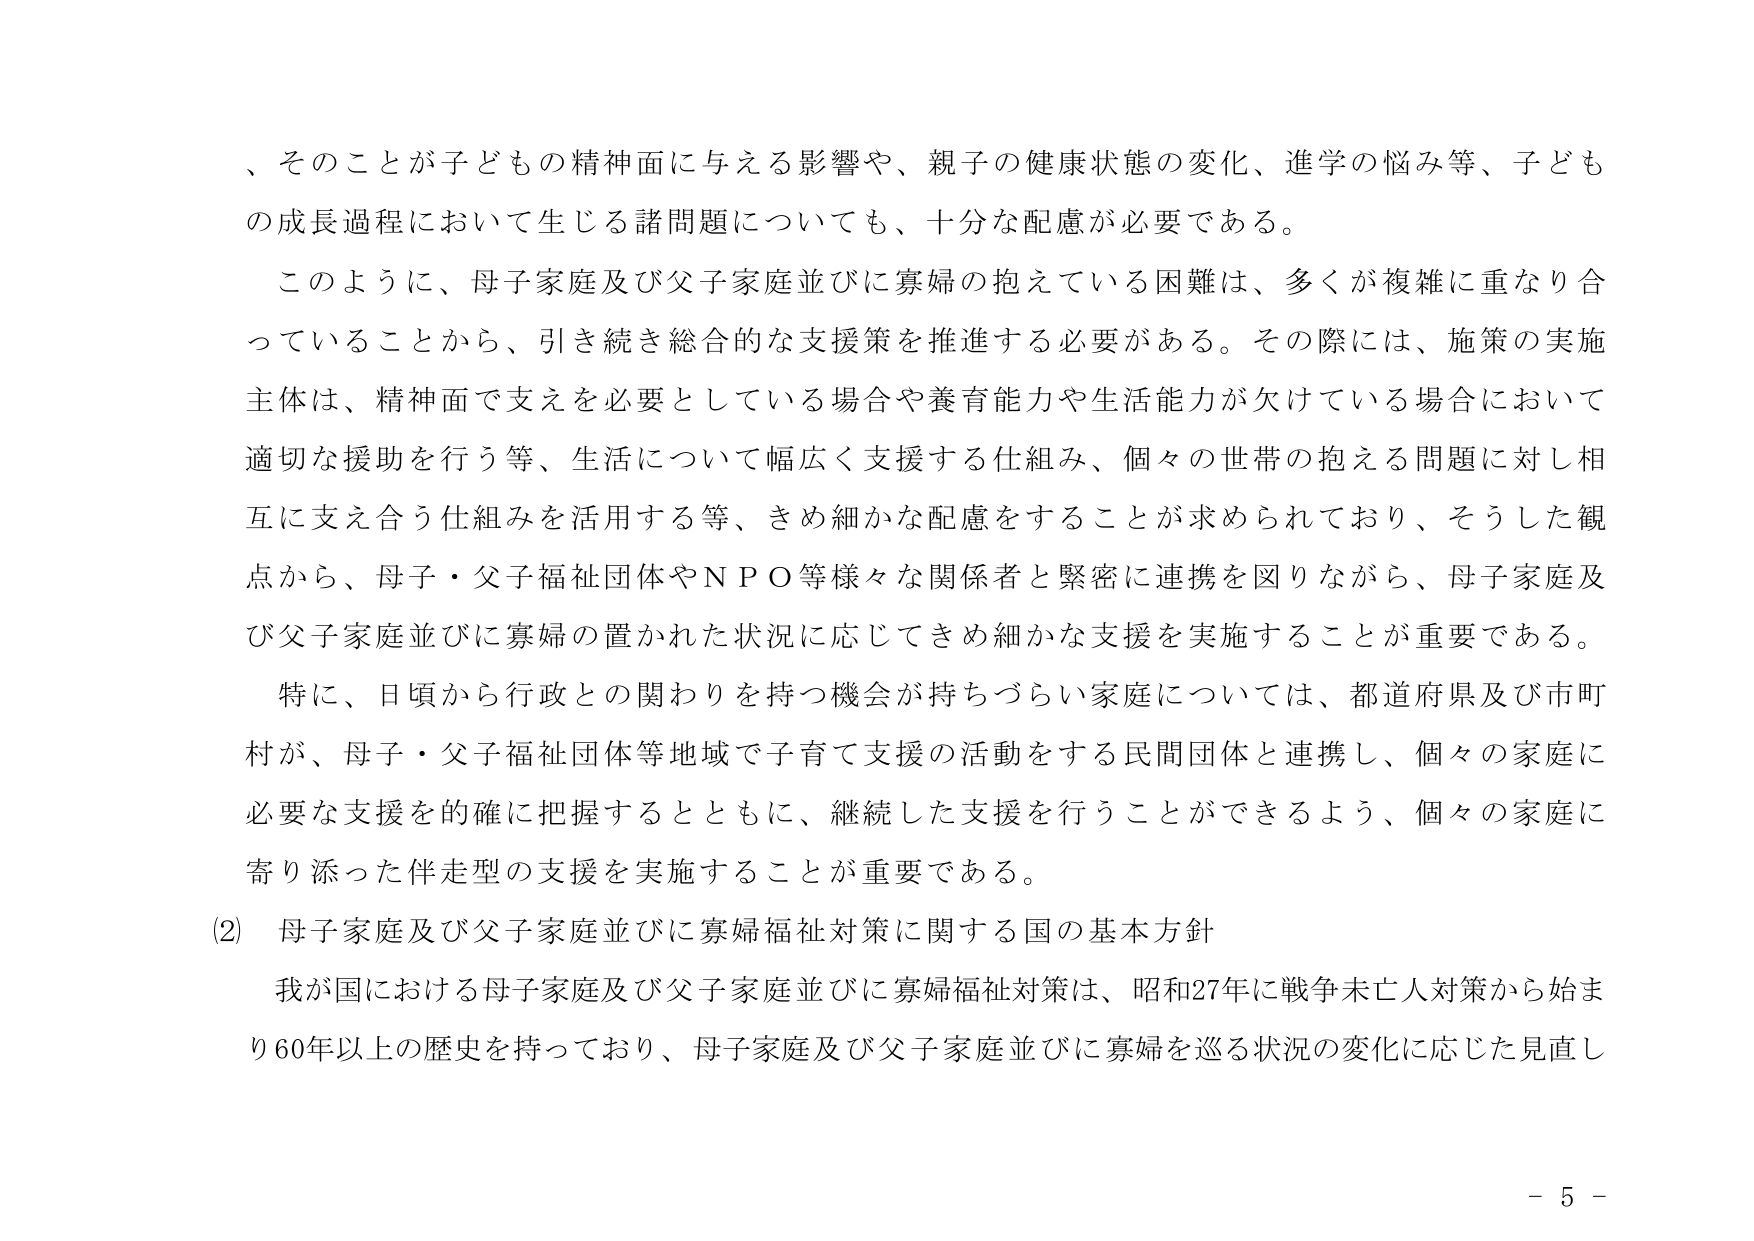
、そのことが子どもの精神面に与える影響や、親子の健康状態の変化、進学の悩み等、子どもの成長過程において生じる諸問題についても、十分な配慮が必要である。

このように、母子家庭及び父子家庭並びに寡婦の抱えている困難は、多くが複雑に重なり合っていることから、引き続き総合的な支援策を推進する必要がある。その際には、施策の実施主体は、精神面で支えを必要としている場合や養育能力や生活能力が欠けている場合において適切な援助を行う等、生活について幅広く支援する仕組み、個々の世帯の抱える問題に対し相互に支え合う仕組みを活用する等、きめ細かな配慮をすることが求められており、そうした観点から、母子・父子福祉団体やＮＰＯ等様々な関係者と緊密に連携を図りながら、母子家庭及び父子家庭並びに寡婦の置かれた状況に応じてきめ細かな支援を実施することが重要である。

特に、日頃から行政との関わりを持つ機会が持ちづらい家庭については、都道府県及び市町村が、母子・父子福祉団体等地域で子育て支援の活動をする民間団体と連携し、個々の家庭に必要な支援を的確に把握するとともに、継続した支援を行うことができるよう、個々の家庭に寄り添った伴走型の支援を実施することが重要である。

(2) 母子家庭及び父子家庭並びに寡婦福祉対策に関する国の基本方針

我が国における母子家庭及び父子家庭並びに寡婦福祉対策は、昭和27年に戦争未亡人対策から始まり60年以上の歴史を持っており、母子家庭及び父子家庭並びに寡婦を巡る状況の変化に応じた見直し

－ 5 －